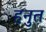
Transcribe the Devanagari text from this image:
हनुत